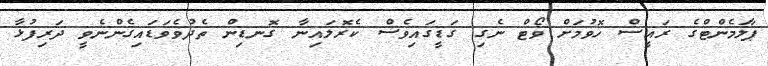
ޕާލަމެންޓްގެ ރައީސް ހޮވުމަށް ވޯޓް ނެގި ގަޑީގައިވެސް ކެރޮލައިނާ ގޮނޑިން ތެދުވެވަޑައިގެންނެވީ ދަރިފުޅާ